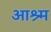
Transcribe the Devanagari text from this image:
आश्र्म